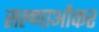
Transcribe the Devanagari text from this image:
सल्गाओंकर